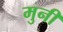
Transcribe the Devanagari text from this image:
मुनीं